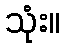
သုံး။